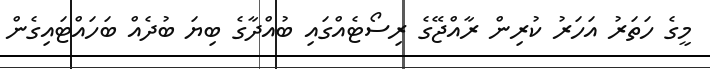
މީގެ ހަތަރު އަހަރު ކުރިން ރާއްޖޭގެ ރިސޯޓެއްގައި ބުއްދާގެ ބިޔަ ބުދެއް ބަހައްޓައިގެން